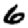
Digit: 6